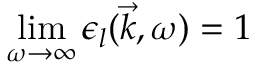
\operatorname* { l i m } _ { \omega \to \infty } \epsilon _ { l } ( \vec { k } , \omega ) = 1